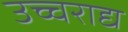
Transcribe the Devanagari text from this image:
उच्चराद्य